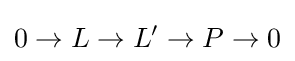
0\to L\to L'\to P\to 0